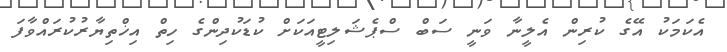
އެކަމަކު އޭގެ ކުރިން އެލީނާ ވަނީ ސަބް ސްޕެޝަލިޓީއަކަށް ކުޑަކުދިންގެ ހިތް އިޚްތިޔާރުކުރައްވާފަ